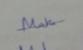
Signature authenticity: genuine